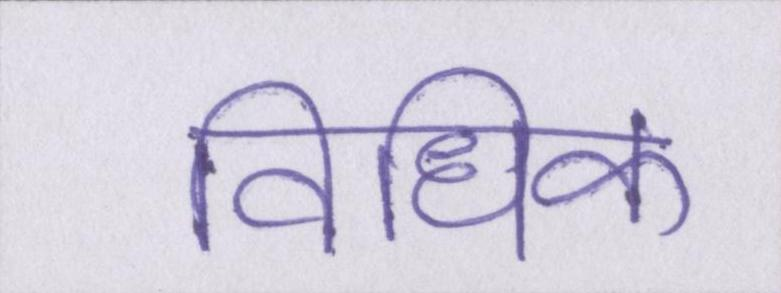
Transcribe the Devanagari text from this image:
विधिक